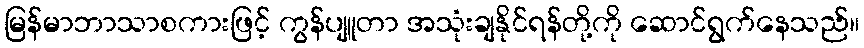
မြန်မာဘာသာစကားဖြင့် ကွန်ပျူတာ အသုံးချနိုင်ရန်တို့ကို ဆောင်ရွက်နေသည်။